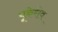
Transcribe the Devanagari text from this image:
यूकेरीव